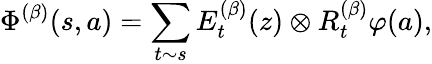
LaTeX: \Phi^{(\beta)}(s,a)=\sum_{t\sim s}E_{t}^{(\beta)}(z)\otimes R_{t}^{(\beta)}\varphi(a),